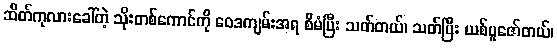
ဆိတ်ကုလားခေါ်တဲ့ သိုးတစ်ကောင်ကို ဝေဒကျမ်းအရ စီမံပြီး သတ်တယ်၊ သတ်ပြီး ယစ်ပူဇော်တယ်၊